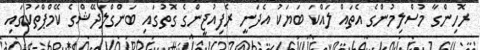
ރޮހިންގާ މުސްލިމުންގެ އެތައް ލައްކަ ބަޔަކު އެދަނީ ރެފިއުޖީންގެ ގޮތުގައި ބަންގްލަދޭޝްގެ ކޭމްޕްތަކުގައި